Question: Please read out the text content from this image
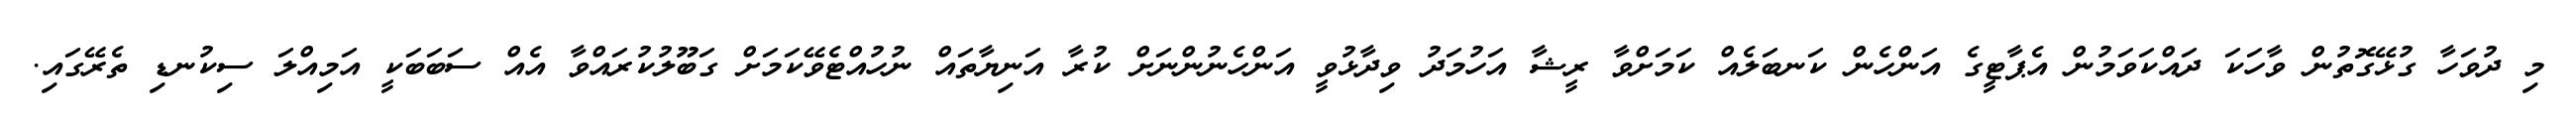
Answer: މި ދުވަހާ ގުޅޭގޮތުން ވާހަކަ ދައްކަވަމުން އެޕާޓީގެ އަންހެން ކަނބަލެއް ކަމަށްވާ ރީޝާ އަހުމަދު ވިދާޅުވީ އަންހެނުންނަށް ކުރާ އަނިޔާތައް ނުހުއްޓެވޭކަމަށް ގަބޫލުކުރައްވާ އެއް ސަބަބަކީ އަމިއްލަ ސިކުނޑި ތެރޭގައި.